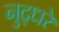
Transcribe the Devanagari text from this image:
नुद्धरे